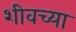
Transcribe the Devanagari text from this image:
शीवच्या